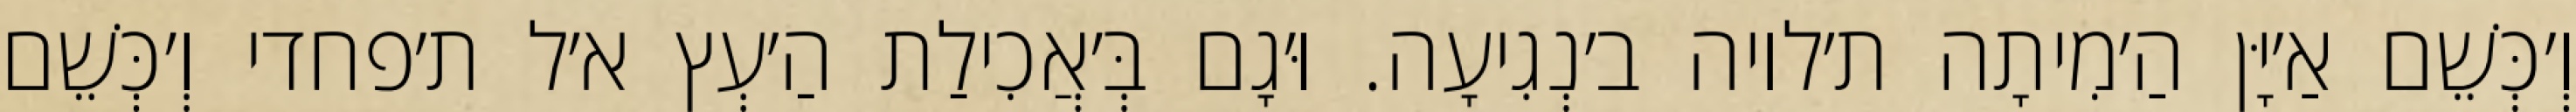
וְ׳כְּשֵׁם אַ׳יָּן הַ׳מִיתָה ת׳לויה ב׳נְגִיעָה. וּ׳גָם בְּ׳אֲכִילַת הַ׳עְץ א׳ל ת׳פחדי וְ׳כְּשֵׁם